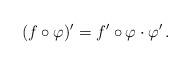
LaTeX: \begin{align*}(f\circ\varphi)'= f'\circ\varphi\cdot\varphi'\,.\end{align*}